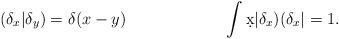
LaTeX: \begin{align*}(\delta_x|\delta_y)&=\delta(x-y) &\int \d x |\delta_x)(\delta_x| &=1.\end{align*}